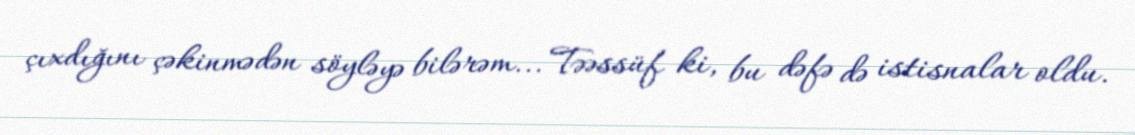
çıxdığını çəkinmədən söyləyə bilərəm... Təəssüf ki, bu dəfə də istisnalar oldu.